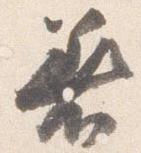
着